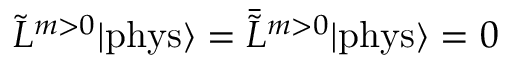
\tilde { L } ^ { m > 0 } | \mathrm { p h y s } \rangle = \bar { \tilde { L } } { } ^ { m > 0 } | \mathrm { p h y s } \rangle = 0